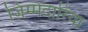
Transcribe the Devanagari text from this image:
ज़िम्मेदारिया